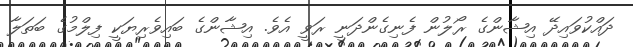
ދައްކުވައިދޭ އިޝާންގެ ރޯލުން ފެނިގެންދަނީ ރަވީ އެވެ. އިޝާންގެ ބައިވެރިޔަކީ ފިލްމުގެ ބަތަލާ